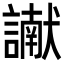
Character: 𮘾